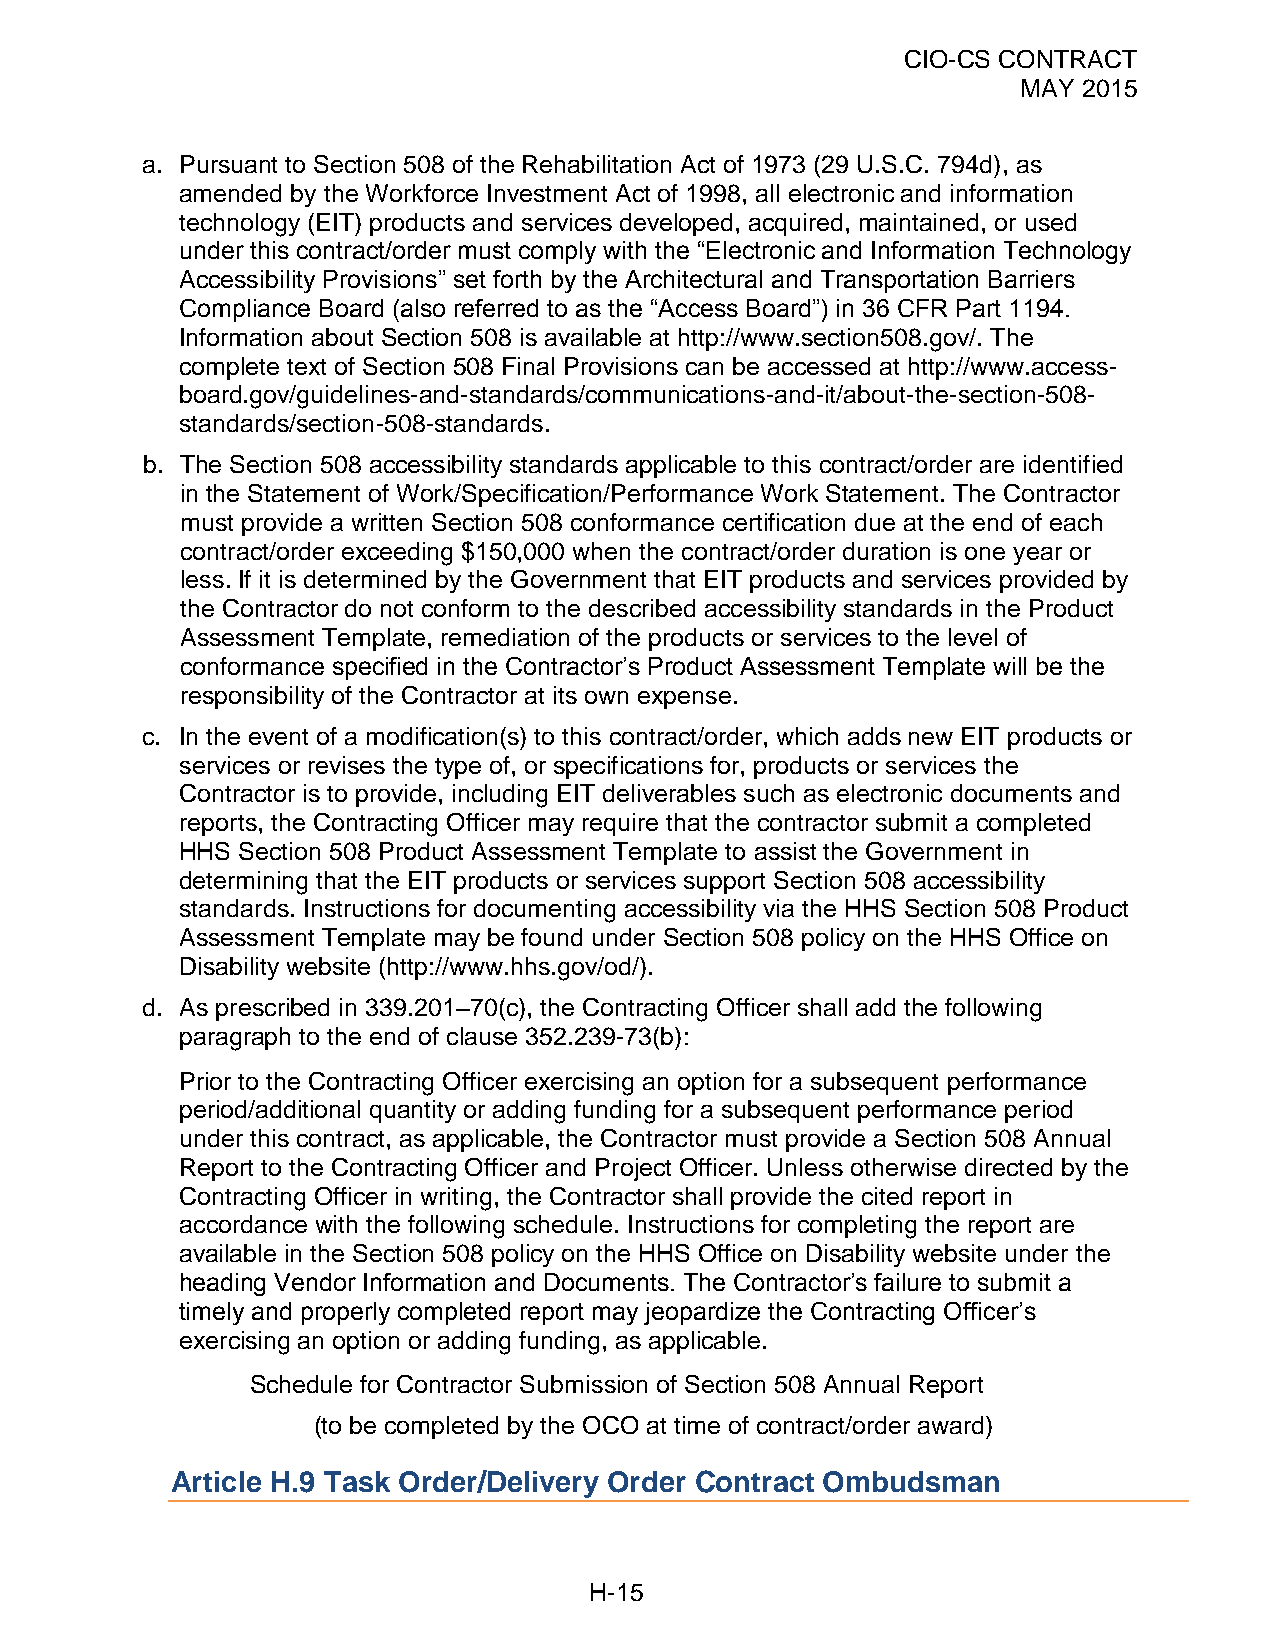
CIO-CS CONTRACT
 MAY 2015
 a. Pursuant to Section 508 of the Rehabilitation Act of 1973 (29 U.S.C. 794d), as
 amended by the Workforce Investment Act of 1998, all electronic and information
 technology (EIT) products and services developed, acquired, maintained, or used
 under this contract/order must comply with the “Electronic and Information Technology
 Accessibility Provisions” set forth by the Architectural and Transportation Barriers
 Compliance Board (also referred to as the “Access Board”) in 36 CFR Part 1194.
 Information about Section 508 is available at http://www.section508.gov/. The
 complete text of Section 508 Final Provisions can be accessed at http://www.access-
 board.gov/guidelines-and-standards/communications-and-it/about-the-section-508-
 standards/section-508-standards.
 b. The Section 508 accessibility standards applicable to this contract/order are identified
 in the Statement of Work/Specification/Performance Work Statement. The Contractor
 must provide a written Section 508 conformance certification due at the end of each
 contract/order exceeding $150,000 when the contract/order duration is one year or
 less. If it is determined by the Government that EIT products and services provided by
 the Contractor do not conform to the described accessibility standards in the Product
 Assessment Template, remediation of the products or services to the level of
 conformance specified in the Contractor’s Product Assessment Template will be the
 responsibility of the Contractor at its own expense.
 c. In the event of a modification(s) to this contract/order, which adds new EIT products or
 services or revises the type of, or specifications for, products or services the
 Contractor is to provide, including EIT deliverables such as electronic documents and
 reports, the Contracting Officer may require that the contractor submit a completed
 HHS Section 508 Product Assessment Template to assist the Government in
 determining that the EIT products or services support Section 508 accessibility
 standards. Instructions for documenting accessibility via the HHS Section 508 Product
 Assessment Template may be found under Section 508 policy on the HHS Office on
 Disability website (http://www.hhs.gov/od/).
 d. As prescribed in 339.201–70(c), the Contracting Officer shall add the following
 paragraph to the end of clause 352.239-73(b):
 Prior to the Contracting Officer exercising an option for a subsequent performance
 period/additional quantity or adding funding for a subsequent performance period
 under this contract, as applicable, the Contractor must provide a Section 508 Annual
 Report to the Contracting Officer and Project Officer. Unless otherwise directed by the
 Contracting Officer in writing, the Contractor shall provide the cited report in
 accordance with the following schedule. Instructions for completing the report are
 available in the Section 508 policy on the HHS Office on Disability website under the
 heading Vendor Information and Documents. The Contractor’s failure to submit a
 timely and properly completed report may jeopardize the Contracting Officer’s
 exercising an option or adding funding, as applicable.
 Schedule for Contractor Submission of Section 508 Annual Report
 (to be completed by the OCO at time of contract/order award)
 Article H.9 Task Order/Delivery Order Contract Ombudsman
 H-15